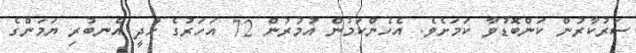
ސަރުކާރުން ކަންބޮޑުވާ ކަމަށެވެ. އެހެންކަމުން އުމުރުން 72 އަހަރުގެ ހާދީ އެނބުރި ޔަމަންގެ